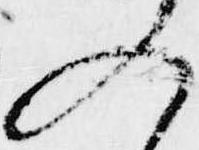
入